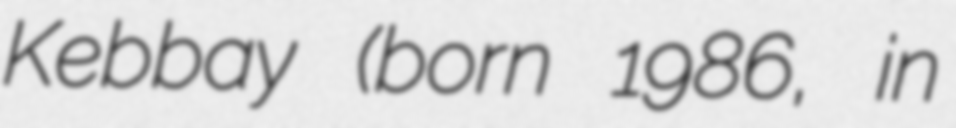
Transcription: Kebbay (born 1986, in